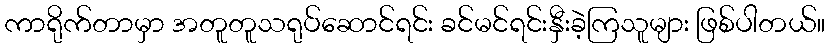
ကာရိုက်တာမှာ အတူတူသရုပ်ဆောင်ရင်း ခင်မင်ရင်းနှီးခဲ့ကြသူများ ဖြစ်ပါတယ်။